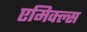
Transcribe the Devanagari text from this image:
एमिक्ल्स